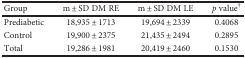
<table><thead><tr><td><b>Group</b></td><td><b>m ± SD DM RE</b></td><td><b>m ± SD DM LE</b></td><td><b><i>p</i> value<sup>†</sup></b></td></tr></thead><tbody><tr><td>Prediabetic</td><td>18,935 ± 1713</td><td>19,694 ± 2339</td><td>0.4068</td></tr><tr><td>Control</td><td>19,900 ± 2375</td><td>21,435 ± 2494</td><td>0.2895</td></tr><tr><td>Total</td><td>19,286 ± 1981</td><td>20,419 ± 2460</td><td>0.1530</td></tr></tbody></table>